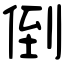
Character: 倒